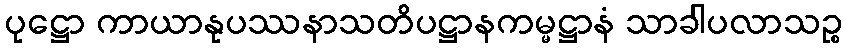
ပုဋ္ဌော ကာယာနုပဿနာသတိပဋ္ဌာနကမ္မဋ္ဌာနံ သာခါပလာသဉ္စ